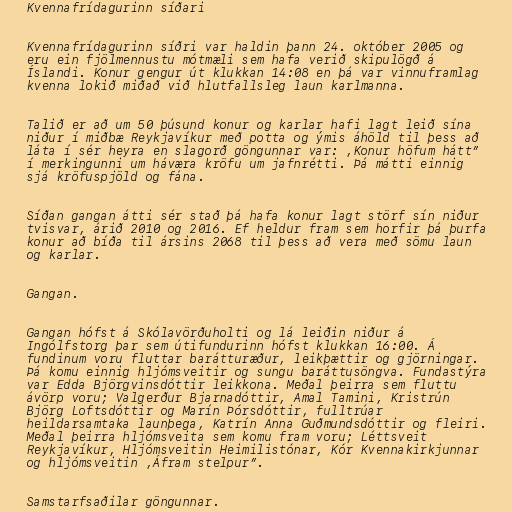
Kvennafrídagurinn síðari

Kvennafrídagurinn síðri var haldin þann 24. október 2005 og
eru ein fjölmennustu mótmæli sem hafa verið skipulögð á
Íslandi. Konur gengur út klukkan 14:08 en þá var vinnuframlag
kvenna lokið miðað við hlutfallsleg laun karlmanna.

Talið er að um 50 þúsund konur og karlar hafi lagt leið sína
niður í miðbæ Reykjavíkur með potta og ýmis áhöld til þess að
láta í sér heyra en slagorð göngunnar var: ,Konur höfum hátt”
í merkingunni um háværa kröfu um jafnrétti. Þá mátti einnig
sjá kröfuspjöld og fána.

Síðan gangan átti sér stað þá hafa konur lagt störf sín niður
tvisvar, árið 2010 og 2016. Ef heldur fram sem horfir þá þurfa
konur að bíða til ársins 2068 til þess að vera með sömu laun
og karlar.

Gangan.

Gangan hófst á Skólavörðuholti og lá leiðin niður á
Ingólfstorg þar sem útifundurinn hófst klukkan 16:00. Á
fundinum voru fluttar barátturæður, leikþættir og gjörningar.
Þá komu einnig hljómsveitir og sungu baráttusöngva. Fundastýra
var Edda Björgvinsdóttir leikkona. Meðal þeirra sem fluttu
ávörp voru; Valgerður Bjarnadóttir, Amal Tamini, Kristrún
Björg Loftsdóttir og Marín Þórsdóttir, fulltrúar
heildarsamtaka launþega, Katrín Anna Guðmundsdóttir og fleiri.
Meðal þeirra hljómsveita sem komu fram voru; Léttsveit
Reykjavíkur, Hljómsveitin Heimilistónar, Kór Kvennakirkjunnar
og hljómsveitin ,Áfram stelpur”.

Samstarfsaðilar göngunnar.